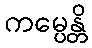
ကမ္ပေန္တိ